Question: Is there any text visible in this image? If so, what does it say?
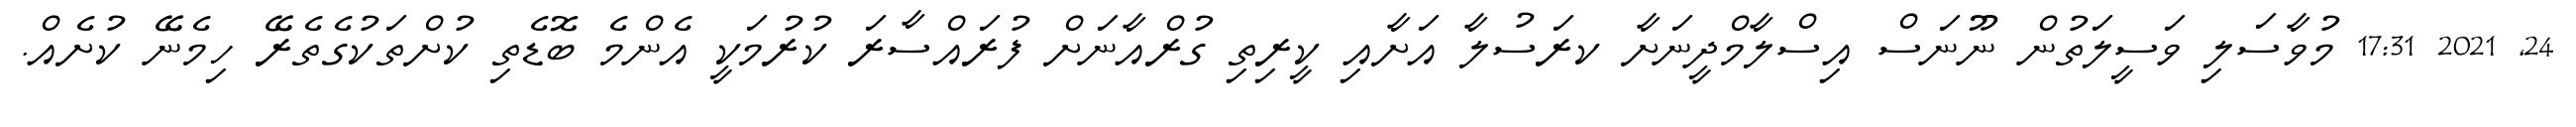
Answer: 24, 2021 17:31 މުވާސަލި ވަސީލަތުން ނޫނަސް އިސްލާމްދީނަށާ ކރަސުލާ އަށާއި ކީރިތި ގުރްއާނަށް ފުރައްސާރަ ކުރުމަކީ އެންމެ ބޮޑެތި ކުށްތަކުގެތެރޭ ހިމެނޭ ކުށެއް.